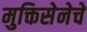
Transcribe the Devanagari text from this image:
मुक्तिसेनेचे